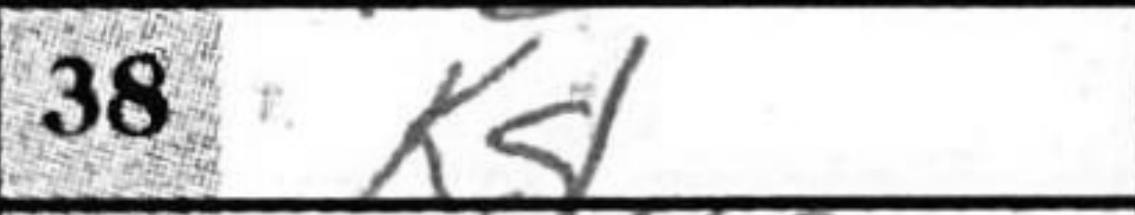
Transcription: Kg1